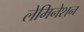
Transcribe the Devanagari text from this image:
लेमिनेशन